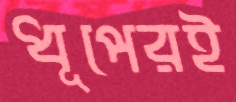
ধূপেরই